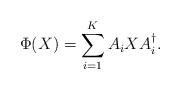
LaTeX: \begin{align*}\Phi(X) = \sum_{i=1}^K A_i X A_i^{\dagger}.\end{align*}